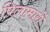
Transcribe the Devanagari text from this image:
पिलामारों